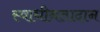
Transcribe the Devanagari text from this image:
स्वाधीनतादान